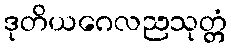
ဒုတိယဂေလညသုတ္တံ